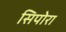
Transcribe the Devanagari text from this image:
सिपोरा